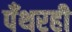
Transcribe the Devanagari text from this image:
पँथरही